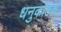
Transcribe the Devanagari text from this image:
धनुकोष्ठक